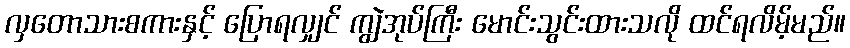
လှတောသားစကားနှင့် ပြောရလျှင် ကျွဲအုပ်ကြီး မောင်းသွင်းထားသလို ထင်ရလိမ့်မည်။